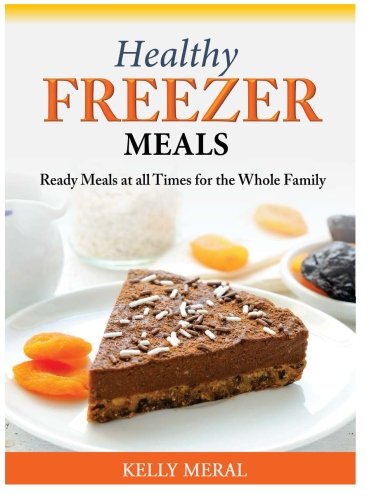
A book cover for Healthy Freezer Meals: Ready Meals at all Times for the Whole Family; Kelly Meral; Cookbooks, Food & Wine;